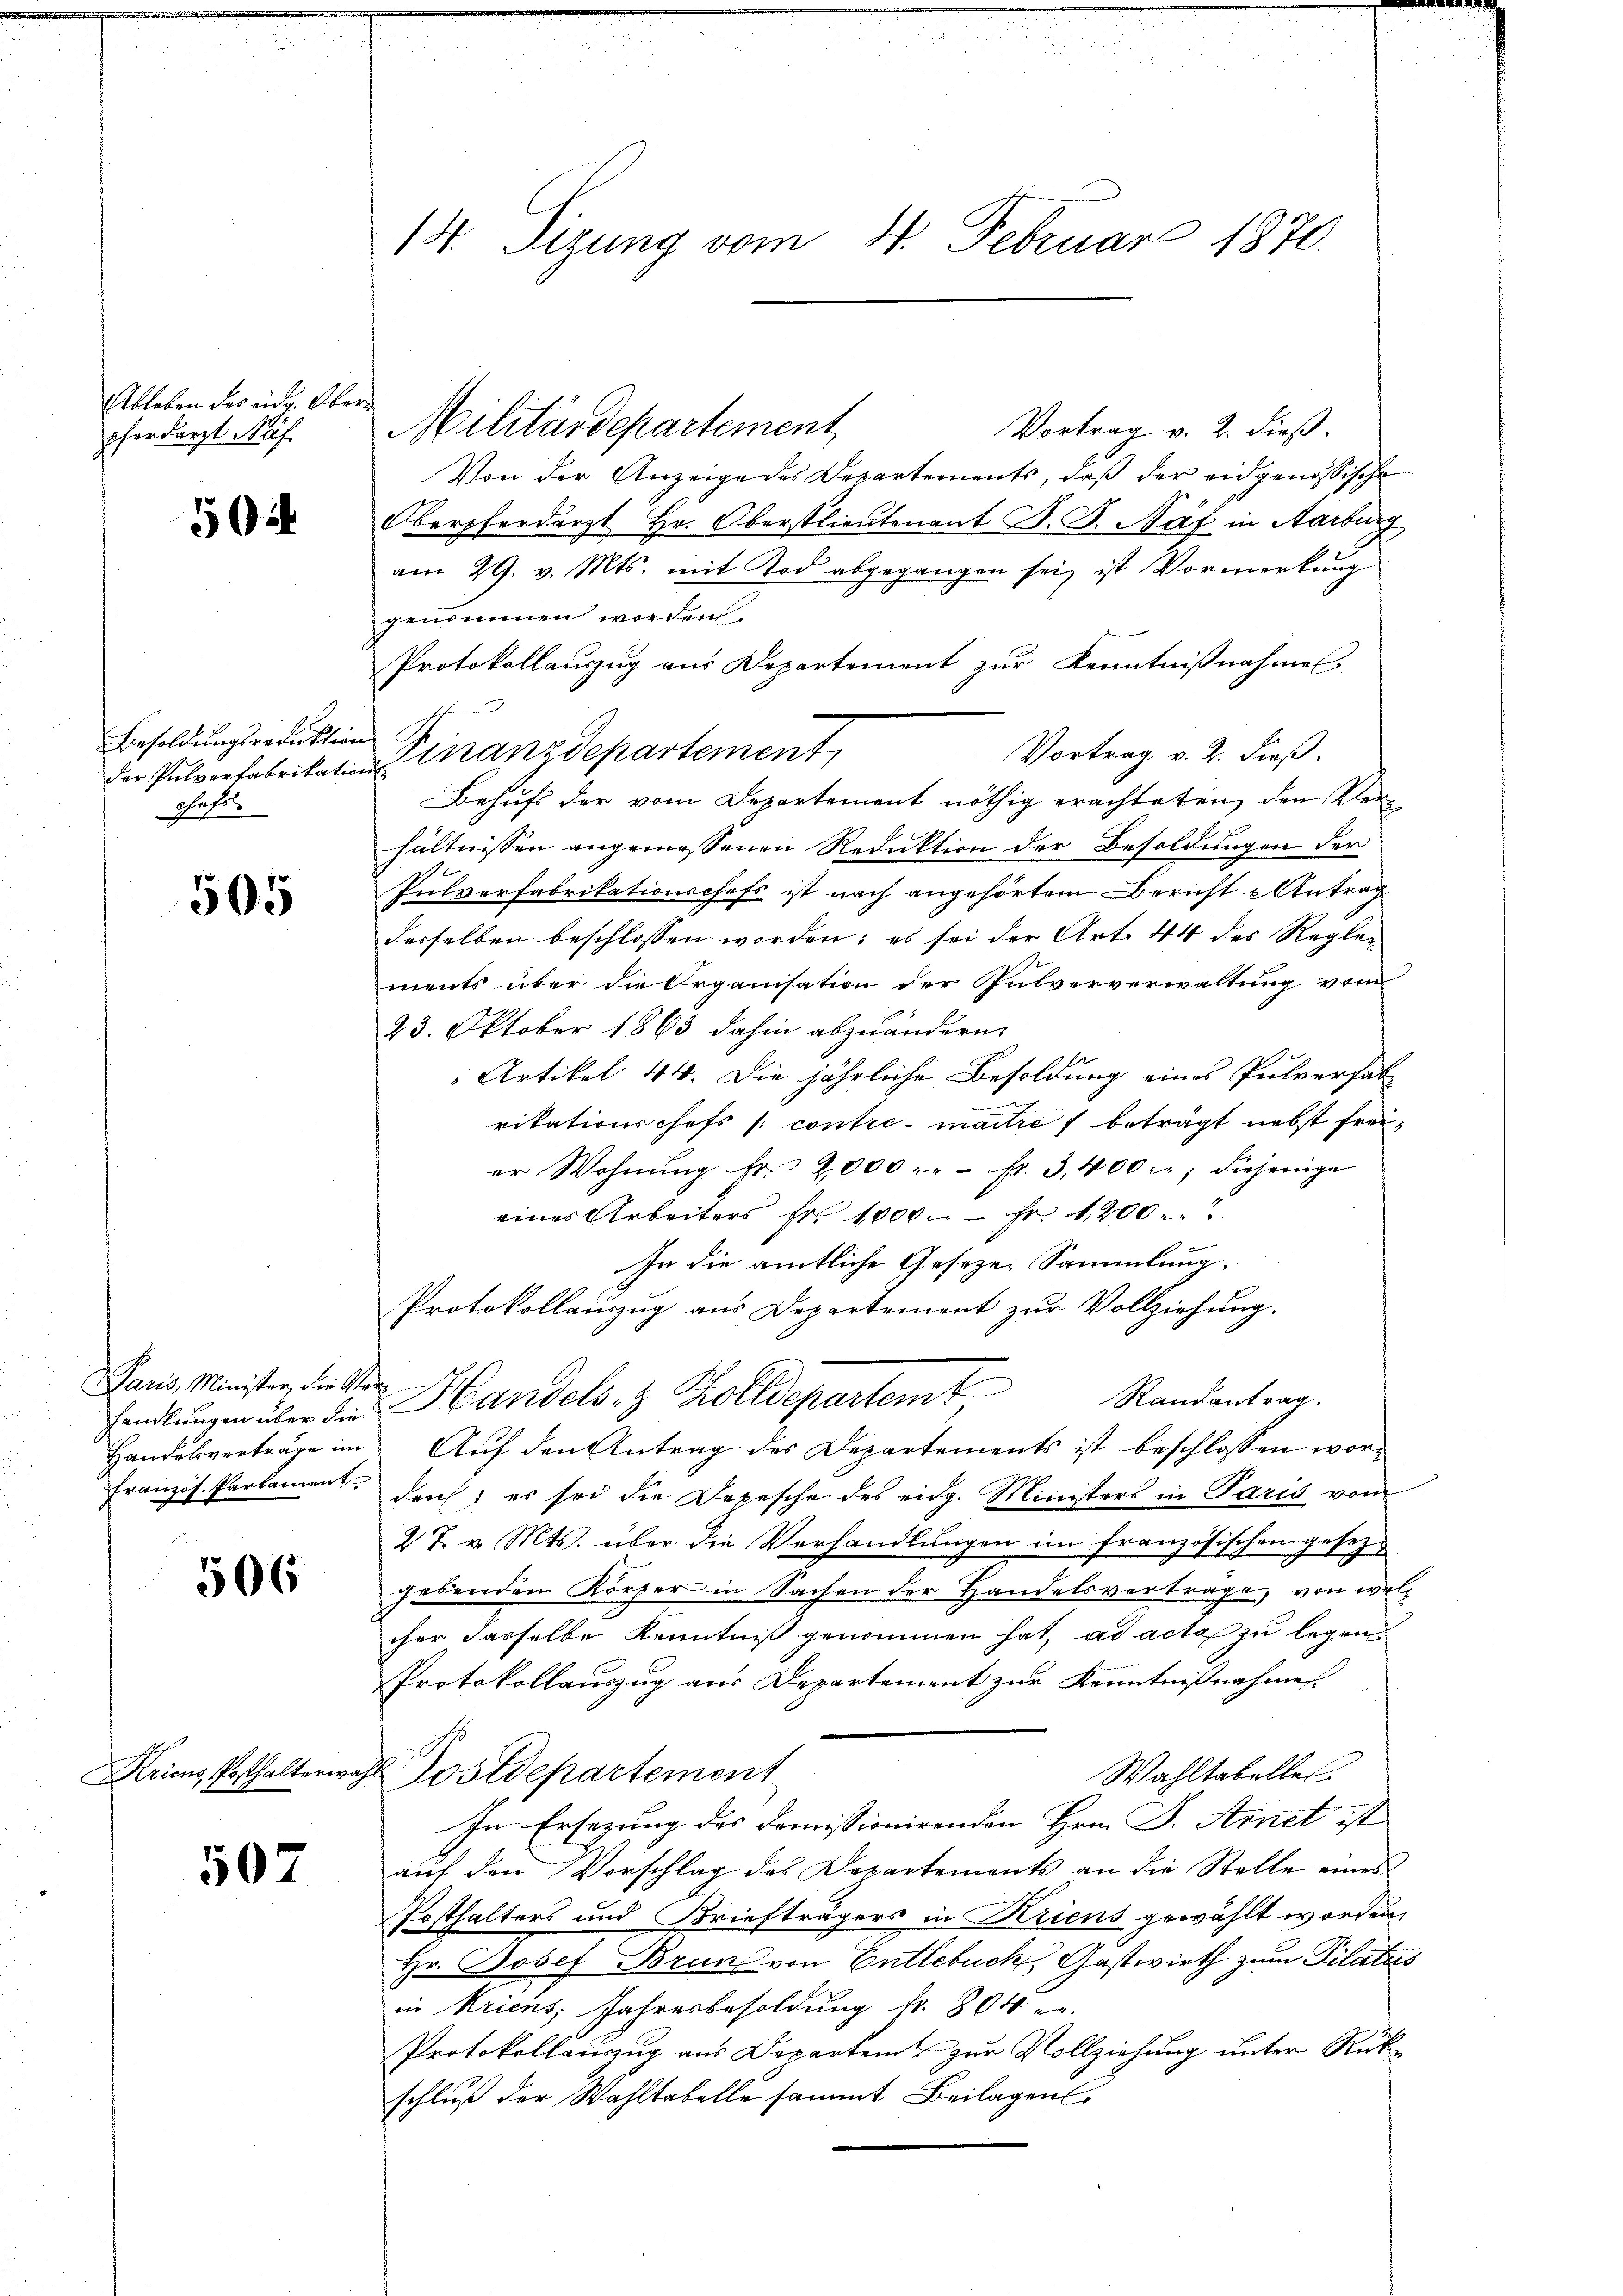
Ableben des eidg. Obern
pferdarzt Näf

504

Besoldungsreduktion
der Pulverfabrikations-
chaft.

505

Paris, Minister, die Ver¬

506

507

Vortrag v. 2. dieß.
Von der Anzeige des Departements, daß der eidgenössische
Oberpferdarzt Hr. Oberstlieutenant J. J. Näf in Aarburg
am 29. v. Mts. mit Tod abgegangen sei, ist Vormerkung
gendonnen worden
Protokollauszug aus Departement zur Kenntnißnahmes
n
Finanzdepartement
Vortrag v. 2. dieß.
Behufs der vom Departement nöthig erachteten, den Verhältnissen angemessenen Reduktion der Besoldungen der
Pulverfabrikationschefs ist nach angehörtem Bericht Antrag
derselben beschlossen worden; es sei der Art. 44 des Reglements über die Organisation der Pulververwaltung vom
23. Oktober 1863 dahin abzuändern.
Artikel 44. Die jährliche Besoldung eines Pulverfal
ritationschefs /: contre - maches beträgt nebst freier Wohnŭng fr 2000 . " fr. 3, 400 fl; diejenige
eines Arbeiters Fr. 1000 Fr. 1200
In die amtliche Gesetzen Sammlung.
Protokollauszug aus Departement zur Vollziehung.
Randantrag.
handlŭngen über die Handels- & Zolldepartemt
Handelsverträge im Auf den Antrag des Departements ist beschlossen wor¬
Französ. Parlamen durch, es sei die Depesche des eidg. Ministers in Paris von
27. v. Mts. über die Verhandlungen im französischen gesezjedenden Körper in Sachen der Handelsverträge, von welcher dasselbe Kenntniß genommen hat, ad acta zu legen
Protokollauszug aus Departement zur Kenntnißnahme.
Aricus Posthalterwahl Postdepartement
Wahltabelles
In Ersezung des Domissionirenden Hrn. F. Arnet ist
auf den Vorschlag des Departement an die Stelle eines
Posthalters und Briefträgers in Kriens gewählt worden.
Hr. Josef Brun von Entlebuch, Gastwirth zum Pilatus
in Kriens Jahresbesoldung fr. 804 e
Protokollauszug aus Departem zur Vollziehung unter Rükschluß der Wahltabelle sammt Beilagen

14. Sizung vom 4. Februar 1870.

Militärdepartement